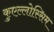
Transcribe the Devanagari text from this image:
कुएल्लोस्सिम